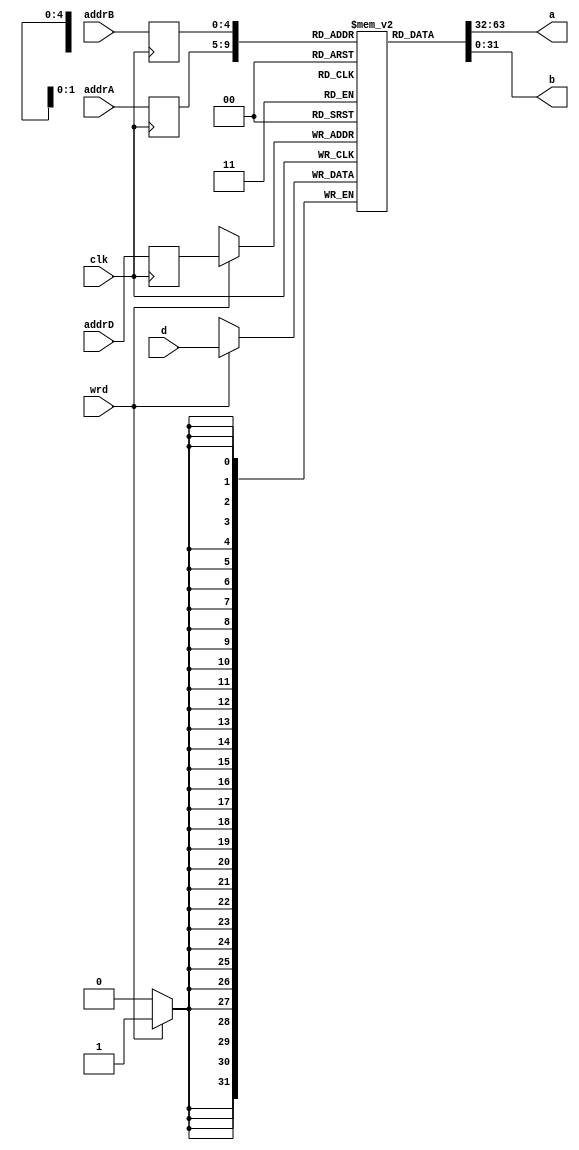
`ifndef _regFile
`define _regFile

module regFile 
#(parameter DATA_WIDTH=32, parameter ADDR_WIDTH=5, parameter REGFILE_SIZE=32)

(	input clk,								// Clock
	input wrd,								// Enable write. wrd=1 enabled | wrd=0 disabled
	input [(ADDR_WIDTH-1):0] addrA,	// Register A address
	input [(ADDR_WIDTH-1):0] addrB,	// Register B address
	input [(ADDR_WIDTH-1):0] addrD,	// Register D address
	input [(DATA_WIDTH-1):0] d,		// Data to register D

	output [(DATA_WIDTH-1):0] a,		// Data from register A
	output [(DATA_WIDTH-1):0] b);		// Data from register B

	reg [(DATA_WIDTH-1):0] regFile[(REGFILE_SIZE-1):0];

	reg [(ADDR_WIDTH-1):0] addrA_reg;
	reg [(ADDR_WIDTH-1):0] addrB_reg;
	reg [(ADDR_WIDTH-1):0] addrD_reg;

	initial begin

		regFile[5'b00000] = 32'h0000_0000;
		regFile[5'b00001] = 32'h0960_1050;
		regFile[5'b00010] = 32'h0a78_00d0;
		regFile[5'b00011] = 32'h0000_0000;
		regFile[5'b00100] = 32'h0000_0000;
		regFile[5'b00101] = 32'h0000_0000;
		regFile[5'b00110] = 32'h0000_0000;
		regFile[5'b00111] = 32'h0000_0000;
		regFile[5'b01000] = 32'h0000_0000;
		regFile[5'b01001] = 32'h0000_0000;
		regFile[5'b01010] = 32'h0000_0000;
		regFile[5'b01011] = 32'h0000_0000;
		regFile[5'b01100] = 32'h0000_0000;
		regFile[5'b01101] = 32'h0000_0000;
		regFile[5'b01110] = 32'h0000_0000;
		regFile[5'b01111] = 32'h0000_0f7e;
		regFile[5'b10000] = 32'h0000_0000;
		regFile[5'b10001] = 32'h0000_0000;
		regFile[5'b10010] = 32'h0000_0000;
		regFile[5'b10011] = 32'h0000_0000;
		regFile[5'b10100] = 32'h0000_0000;
		regFile[5'b10101] = 32'h0000_0000;
		regFile[5'b10110] = 32'h0000_0000;
		regFile[5'b10111] = 32'h0000_0000;
		regFile[5'b11000] = 32'h0000_0000;
		regFile[5'b11001] = 32'h0000_0000;
		regFile[5'b11010] = 32'h0000_0000;
		regFile[5'b11011] = 32'h0000_0000;
		regFile[5'b11100] = 32'h0000_0000;
		regFile[5'b11101] = 32'h0000_0000;
		regFile[5'b11110] = 32'h0000_0000;
		regFile[5'b11111] = 32'h0000_0000;

	end

	always @ (posedge clk)
	begin
		if (wrd)
			regFile[addrD_reg] <= d;
	end
	
	always @(negedge clk)
	begin
		addrA_reg <= addrA;
		addrB_reg <= addrB;
		addrD_reg <= addrD;
	end

	assign a = regFile[addrA_reg];
	assign b = regFile[addrB_reg];

endmodule

`endif